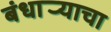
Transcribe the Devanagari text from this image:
बंधार्‍याचा